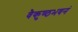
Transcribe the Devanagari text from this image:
वैकुण्ठभवनं